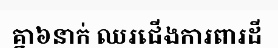
គ្នា៦នាក់ ឈរជើងការពារដី